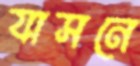
যাসনে